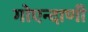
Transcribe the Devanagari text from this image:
गोएन्दाणी